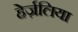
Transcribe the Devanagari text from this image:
हेर्ज़लिया